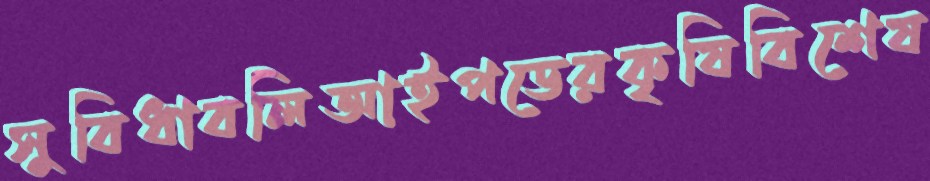
সুবিধাবলিআইপডেরকৃষিবিশেষ